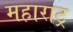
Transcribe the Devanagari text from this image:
महाराट्र